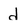
Character: d